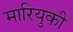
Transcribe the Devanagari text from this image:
मारियुकी